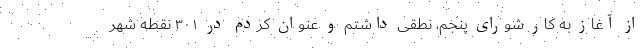
از آغاز به کار شورای پنجم، نطقی داشتم و عنوان کردم در ۳۰۱ نقطه شهر